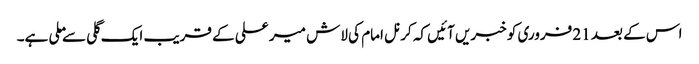
اس کے بعد 21 فروری کو خبریں آئیں کہ کرنل امام کی لاش میر علی کے قریب ایک گلی سے ملی ہے۔